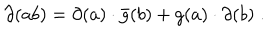
\partial ( a b ) = \partial ( a ) \cdot \bar { g } ( b ) + g ( a ) \cdot \partial ( b ) \; .